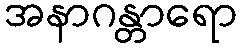
အနာဂန္တာရော